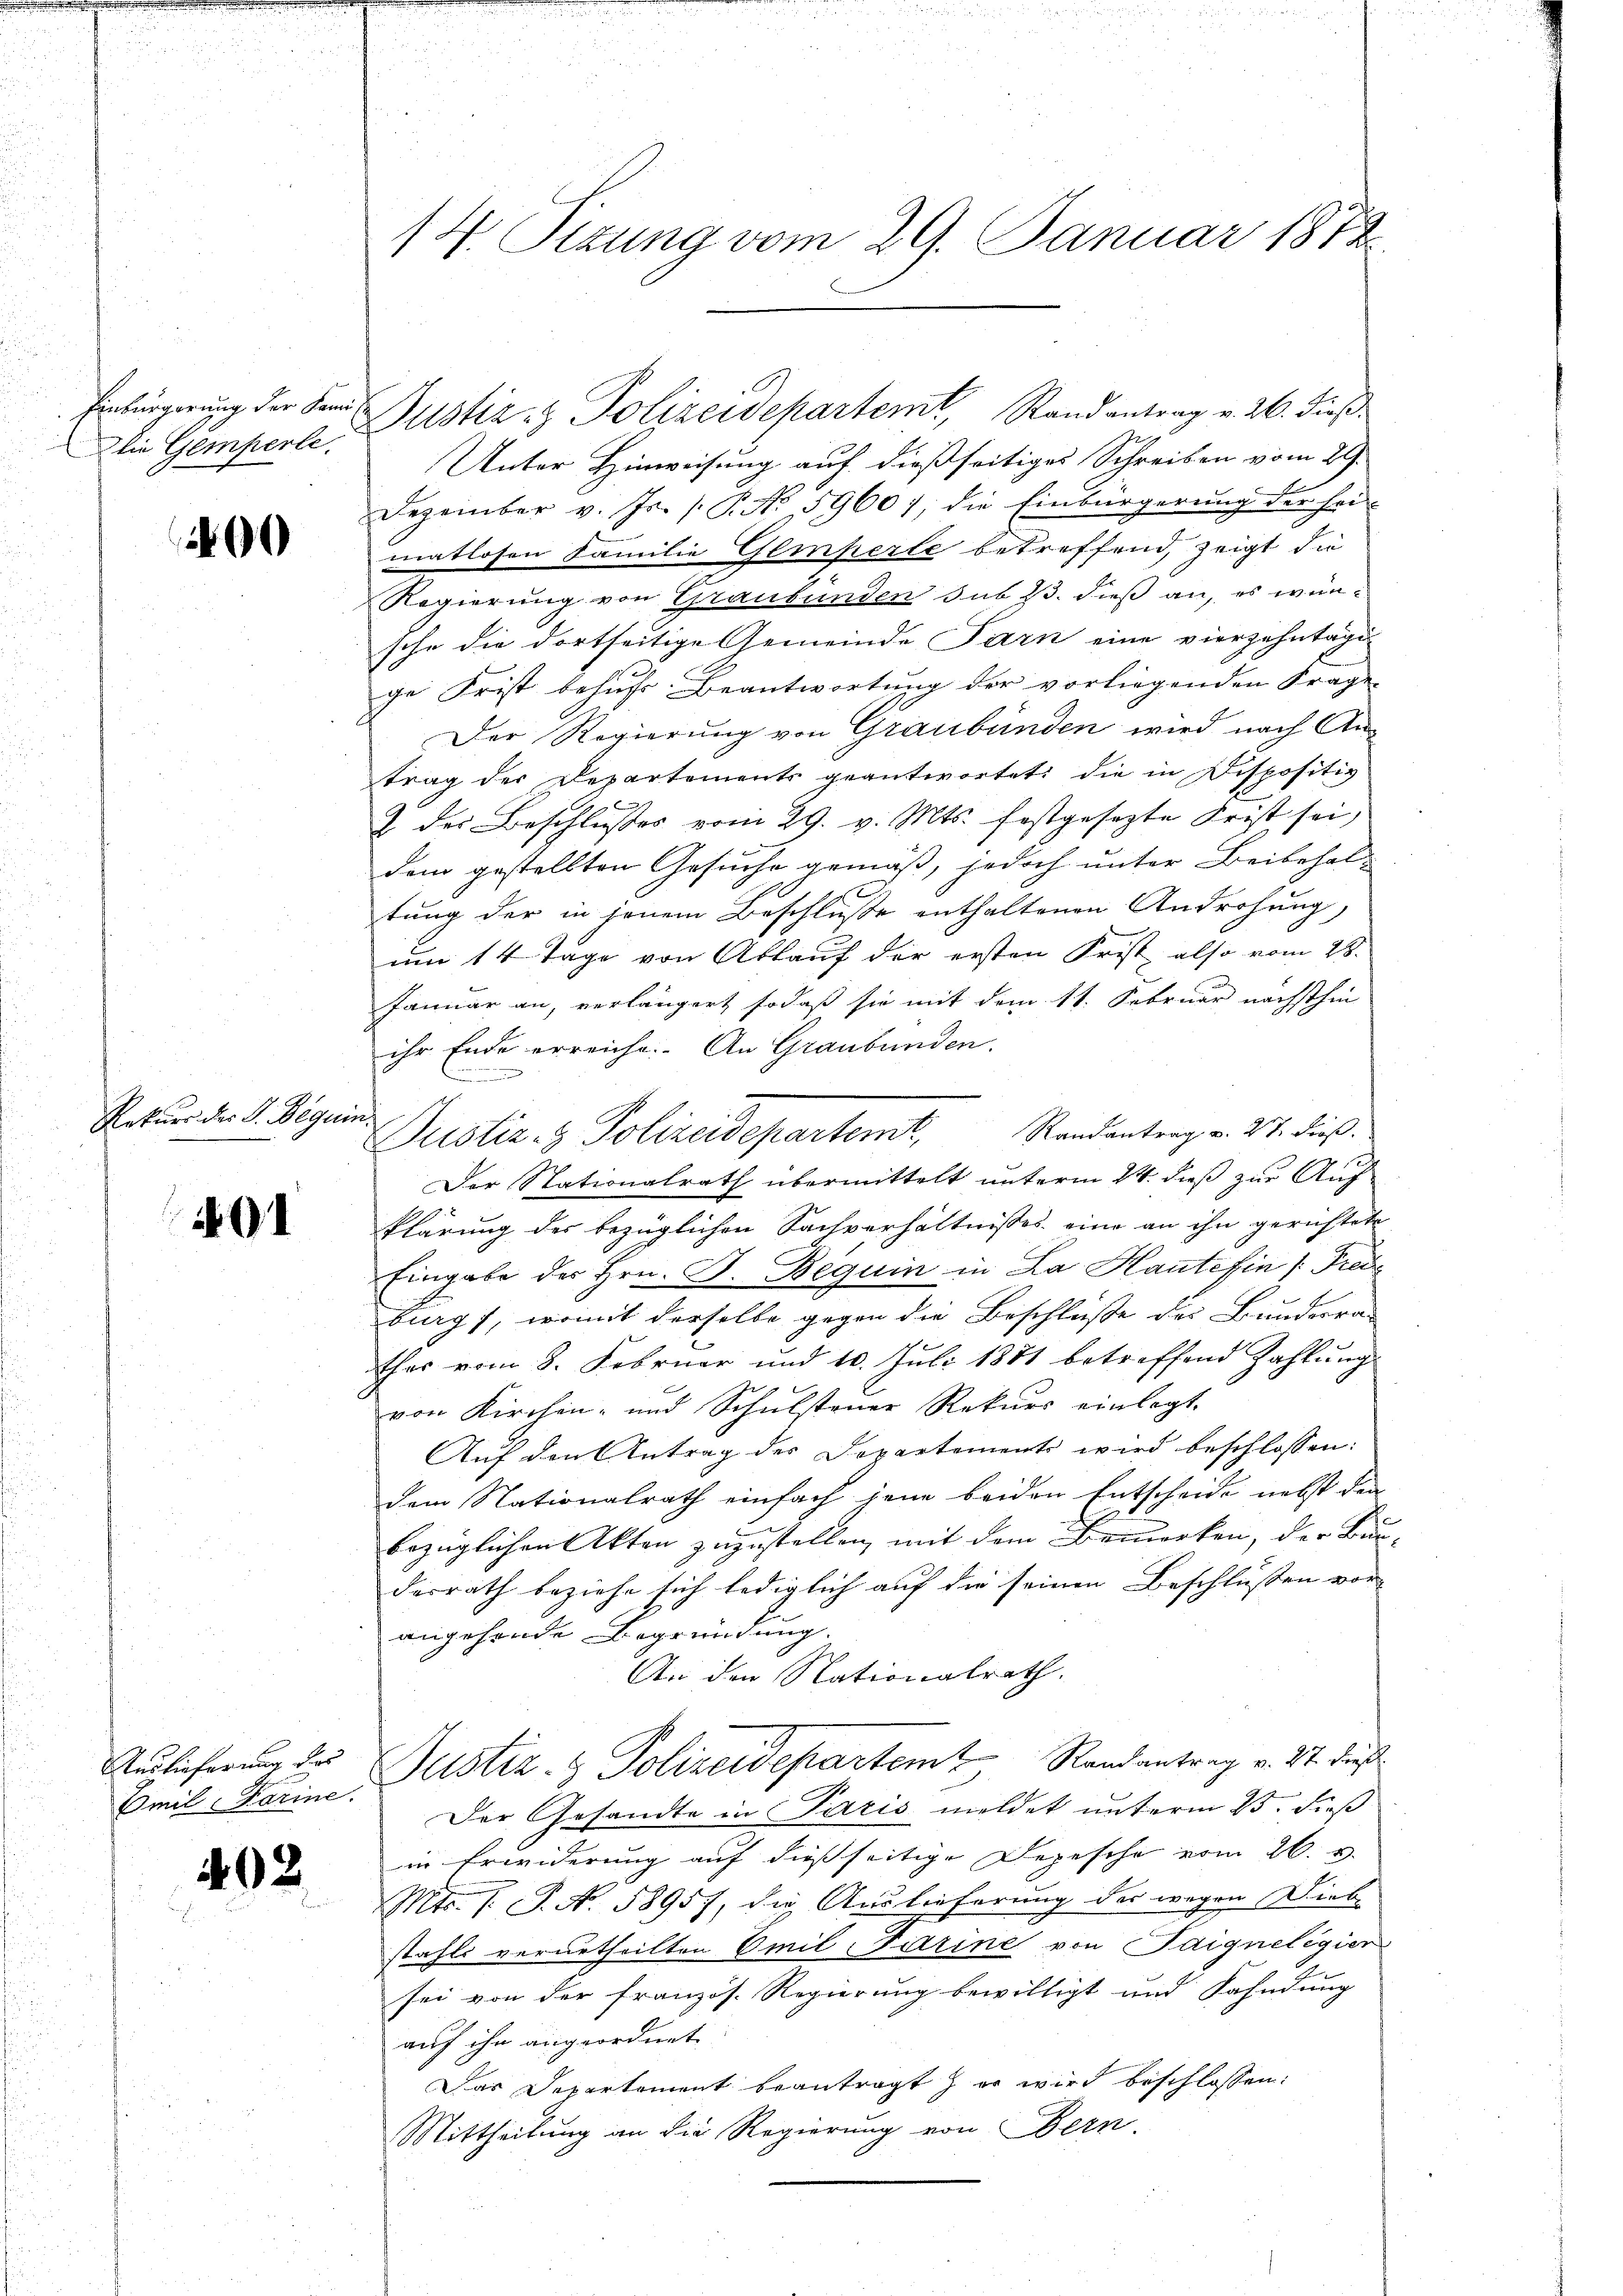
die Gemperle.

Getuer der L. Begrif

0

401

Emil - Karine.

402

14. Sizung vom 29. Januar 1878

Einbürgerung der Sand Justiz- & Polizeidepartemt, Stand antrag v. 26. dieß.
Unter Hinweisung auf dießseitiges Schreiben vom 29.
Dezember v. Js. (T. No. 5960); die Einbürgerung der hei-
matlosen Familie Gemperte betreffend, zeigt die
Regierung von Graubünden sub 23. dieß an, es wünsche die dortseitige Gemeinde Farn eine vierzehntägi
ge Frist behufs Beantwortung der vorliegenden Frage
Der Regierung von Graubünden wird nach An-
trag der Departements geantwortet die in Dispositiv
C
2 des Beschlußes vom 29. v. Mts. festgesezte Frist sei,
dem gestellten Gesuche gemäß, jedoch unter Beibehal-
tung der in jenem Beschluße enthaltenen Androhung,
um 14 Tage von Ablauf der ersten Frist also vom 28.
Januar an, verlängert, sodaß sie mit dem 11. Februar nächsthin
ihr Ende erreiche. An Graubünden.
n
Randantrag v. 27. dieß.
Justiz- & Polizeidepartemb
Der Nationalrath übermittelt unterm 24. dieß zur Aufklärung der bezüglichen Sachverhältnisses eine an ihn gerichtete
Eingabe des Hrn. F. Beguin in La Haute fin [Pred
burg, womit derselbe gegen die Beschlüße des Bundesra-
thes vom 8. Februar und 10. Juli 1881 betreffend Zahlung
von Kirchen- und Schulsteuer Rekurs einlegt.
Auf den Antrag des Dopartement wird beschlossen:
dem Nationalrath einfach jene beiden Entscheide nebst den
bezüglichen Akten zuzustellen, mit dem Bemerken, der Bür
desrath beziehe sich lediglich auf die seinen Beschlüssen vor-
angehende Begründung.
An den Nationalrath.
Andlicherung des Justiz- & Polizeidepartem Randantrag v. 27. dieß
Der Gesandte in Paris meldet unterm 25. dieß
in Erwiderung auf dießseitige Depesche vom 26. v.
Mts. s. S. N. 5895), die Auslieferung des wegen Dieb
stahls verurtheilten Emil Firine von Saigneligier
sei von der Französ. Regierung bewilligt und Fahndung
auf ihn angeordnet.
Das Departement beantragt er wird beschlossen:
Mittheilung an die Regierung von Obern.